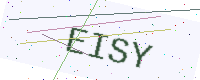
Text: EISY